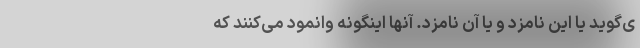
ی‌گوید یا این نامزد و یا آن نامزد. آنها اینگونه وانمود می‌کنند که